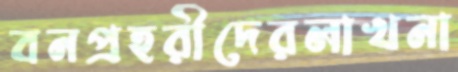
বনপ্রহরীদেরলাখনা